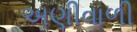
અણીવાળી